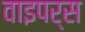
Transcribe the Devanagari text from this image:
वाइपर्स